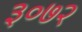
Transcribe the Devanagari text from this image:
३०७२